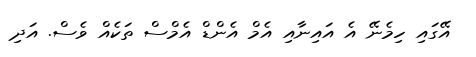
އޭގައި ހިމެނޭ އެ އައިނާއި އެމް އެންޑް އެމްސް ތަކެއް ވެސް. އަދި